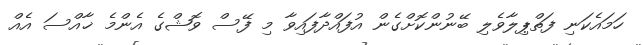
ހަމައެކަނި ފަތްޕިލާވެލި ބޭނުންކޮށްގެން އުފައްދާފައިވާ މި ފޭސް ވޮޝްގެ އެންމެ ޚާއްސަ އެއް